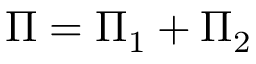
\Pi = \Pi _ { 1 } + \Pi _ { 2 }